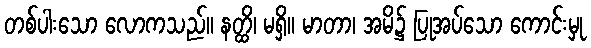
တစ်ပါးသော လောကသည်။ နတ္ထိ၊ မရှိ။ မာတာ၊ အမိ၌ ပြုအပ်သော ကောင်းမှု